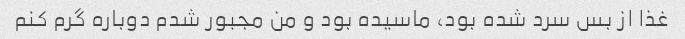
غذا از بس سرد شده بود، ماسیده بود و من مجبور شدم دوباره گرم کنم